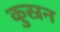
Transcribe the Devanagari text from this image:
कुस्रन